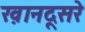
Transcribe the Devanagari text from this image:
ख़ानदूसरे